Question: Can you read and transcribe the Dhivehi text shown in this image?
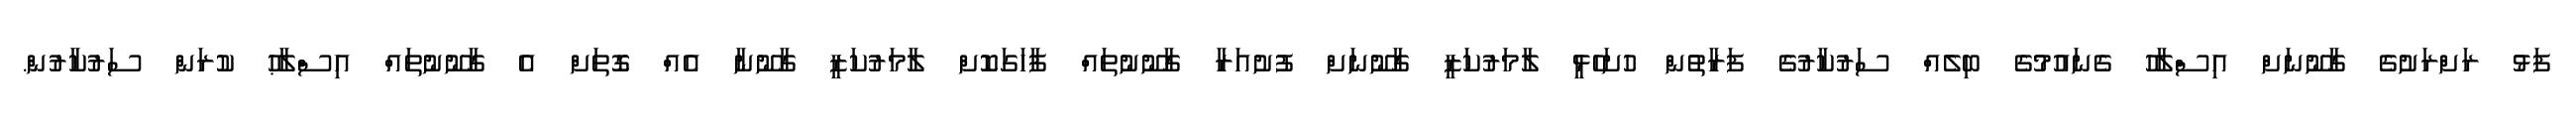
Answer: ފަޅު ރަށްރަށުގެ ގާނޫނަށް އިސްލާހު ގެނައުމުގެ ބިލެއް ސަރުކާރުގެ ފަރާތުން ހުށަހެޅީ ލާމަރުކަޒީ ގާނޫނަށް ފުށުއަރާ ގާނޫނުތައް ފާހަގަކޮށް ލާމަރުކަޒީ ގާނޫނާ އެއް ގޮތަށް އެ ގާނޫނުތައް އިސްލާޙު ކުރަން ސަރުކާރުން.